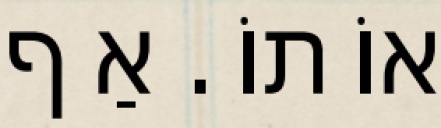
אוֹתוֹ. אַף